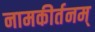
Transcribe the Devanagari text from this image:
नामकीर्तनम्